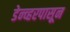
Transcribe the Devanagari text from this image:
डेन्व्हरपासून